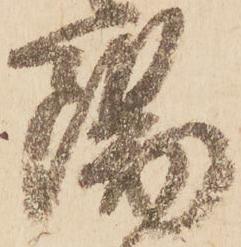
陽